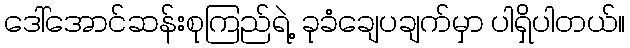
ဒေါ်အောင်ဆန်းစုကြည်ရဲ့ ခုခံချေပချက်မှာ ပါရှိပါတယ်။